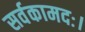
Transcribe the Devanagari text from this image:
सर्वकामदः।